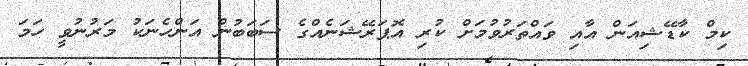
ކިމް ކާޑޭޝިއަން އާއި ވައްތަރުވުމަށް ކުރި އޮޕަރޭޝަނެއްގެ ސަބަބުން އަންހެނަކު މަރުނުވީ ހަމަ